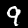
Label: 9